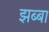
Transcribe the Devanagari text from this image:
झब्बा